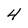
Character: H